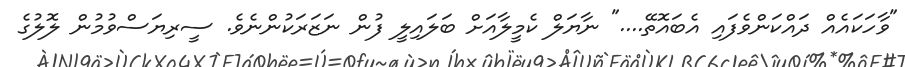
"ވާހަކައެއް ދައްކަންވެފައި އެބައޮތޭ...." ނާޔަލް ކެމީލާއަށް ބަލައިލީ ފުން ނަޒަރަކުންނެވެ. ސީރިޔަސްވުމުން ލޮލުގެ